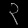
Digit: ၃